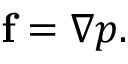
\mathbf { f } = \nabla p .